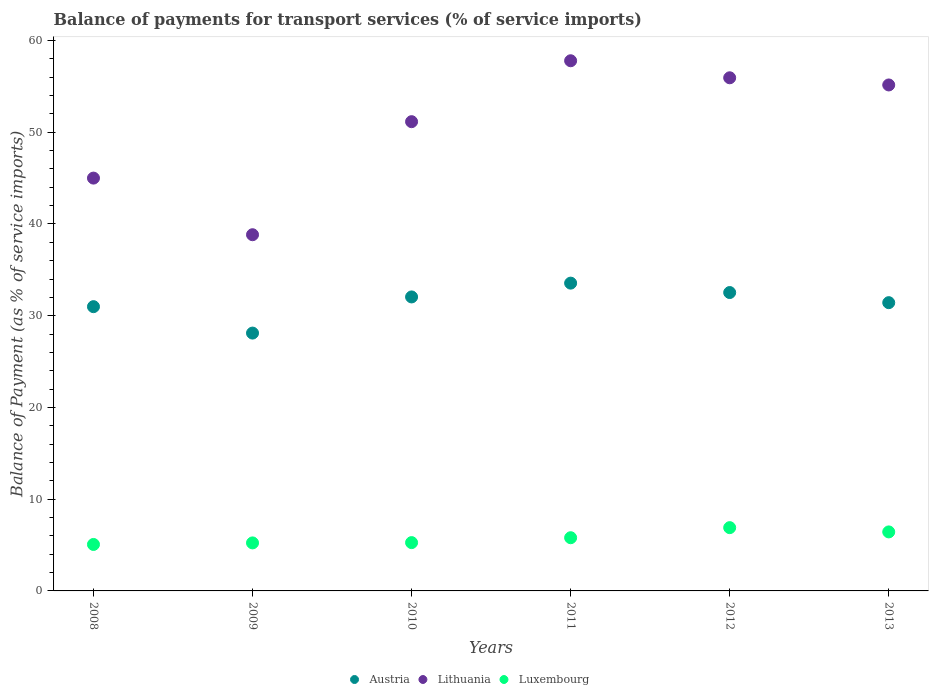
| Years | Austria | Lithuania | Luxembourg |
 | --- | --- | --- | --- |
 | 2008 | 31 | 45 | 5.07 |
 | 2009 | 28.1 | 38.8 | 5.23 |
 | 2010 | 32 | 51.2 | 5.27 |
 | 2011 | 33.6 | 57.8 | 5.8 |
 | 2012 | 32.5 | 55.9 | 6.9 |
 | 2013 | 31.4 | 55.2 | 6.43 |